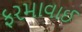
ફરમાવાઈ